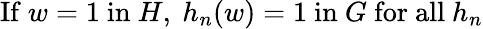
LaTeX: {\mathrm{If}}\ w=1\ {\mathrm{in}}\ H,\ h_{n}(w)=1\ {\mathrm{in}}\ G\ {\mathrm{for~all}}\ h_{n}